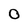
Character: 0